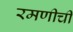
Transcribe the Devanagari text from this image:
रमणीची